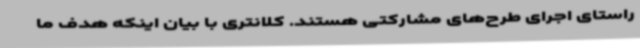
راستای اجرای طرح‌های مشارکتی هستند. کلانتری با بیان اینکه هدف ما